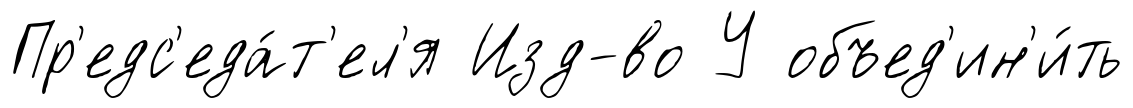
Пр'едс'еда́т'ел'я Изд-во У объед'ин'и́ть